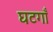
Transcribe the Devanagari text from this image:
घटगाँ